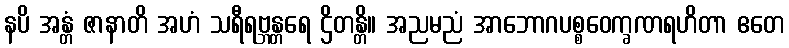
နပိ အန္တံ ဇာနာတိ အဟံ သရီရဗ္ဘန္တရေ ဌိတန္တိ။ အညမညံ အာဘောဂပစ္စဝေက္ခဏရဟိတာ ဧတေ